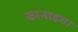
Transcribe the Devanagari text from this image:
कानाइमा